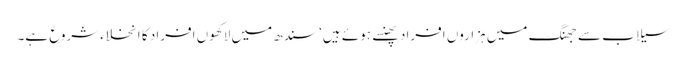
سیلاب سے جھنگ میں ہزاروں افراد پھنسے ہوئے ہیں‘ سندھ میں لاکھوں افراد کا انخلاءشروع ہے۔